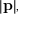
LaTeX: | \mathbf { p } | ,